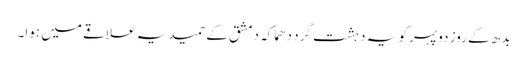
بدھ کے روز دوپہر کو یہ دہشت گرد دھماکہ دمشق کے حمیدیہ علاقے میں ہوا۔